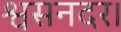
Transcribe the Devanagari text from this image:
श्वसनदर।